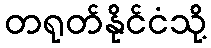
တရုတ်နိုင်ငံသို့